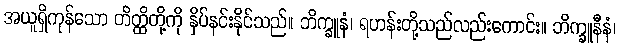
အယူရှိကုန်သော တိတ္ထိတို့ကို နှိပ်နင်းနိုင်သည်။ ဘိက္ခူနံ၊ ရဟန်းတို့သည်လည်းကောင်း။ ဘိက္ခူနီနံ၊